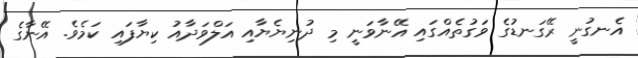
އެނގުނީ ރޭގަނޑުގެ ވަގުތެއްގައި އޭނާވަނީ މި ދުނިޔެޔާއި އަލްވަދާއު ކިޔާފައި ކަމެވެ. އޭނާގެ